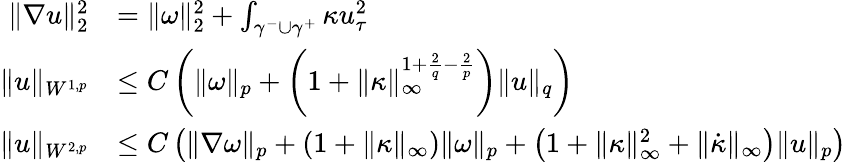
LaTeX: \begin{array}{rl}{\| \nabla u\| _{2}^{2}}&{=\| \omega\| _{2}^{2}+\int_{\gamma^{-}\cup\gamma^{+}}\kappa u_{\tau}^{2}}\\ {\| u\| _{W^{1,p}}}&{\leq C\left(\| \omega\| _{p}+\left(1+\| \kappa\| _{\infty}^{1+\frac{2}{q}-\frac{2}{p}}\right)\| u\| _{q}\right)}\\ {\| u\| _{W^{2,p}}}&{\leq C\left(\| \nabla\omega\| _{p}+(1+\| \kappa\| _{\infty})\| \omega\| _{p}+\left(1+\| \kappa\| _{\infty}^{2}+\| \dot{\kappa}\| _{\infty}\right)\| u\| _{p}\right)}\end{array}